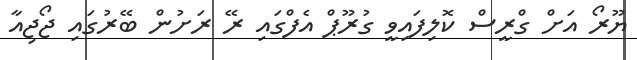
ޔޫރޯ އަށް ގްރީސް ކޮލިފައިވީ ގުރޫޕް އެފްގައި ރޭ ރަށުން ބޭރުގައި ޖޯޖިއާ